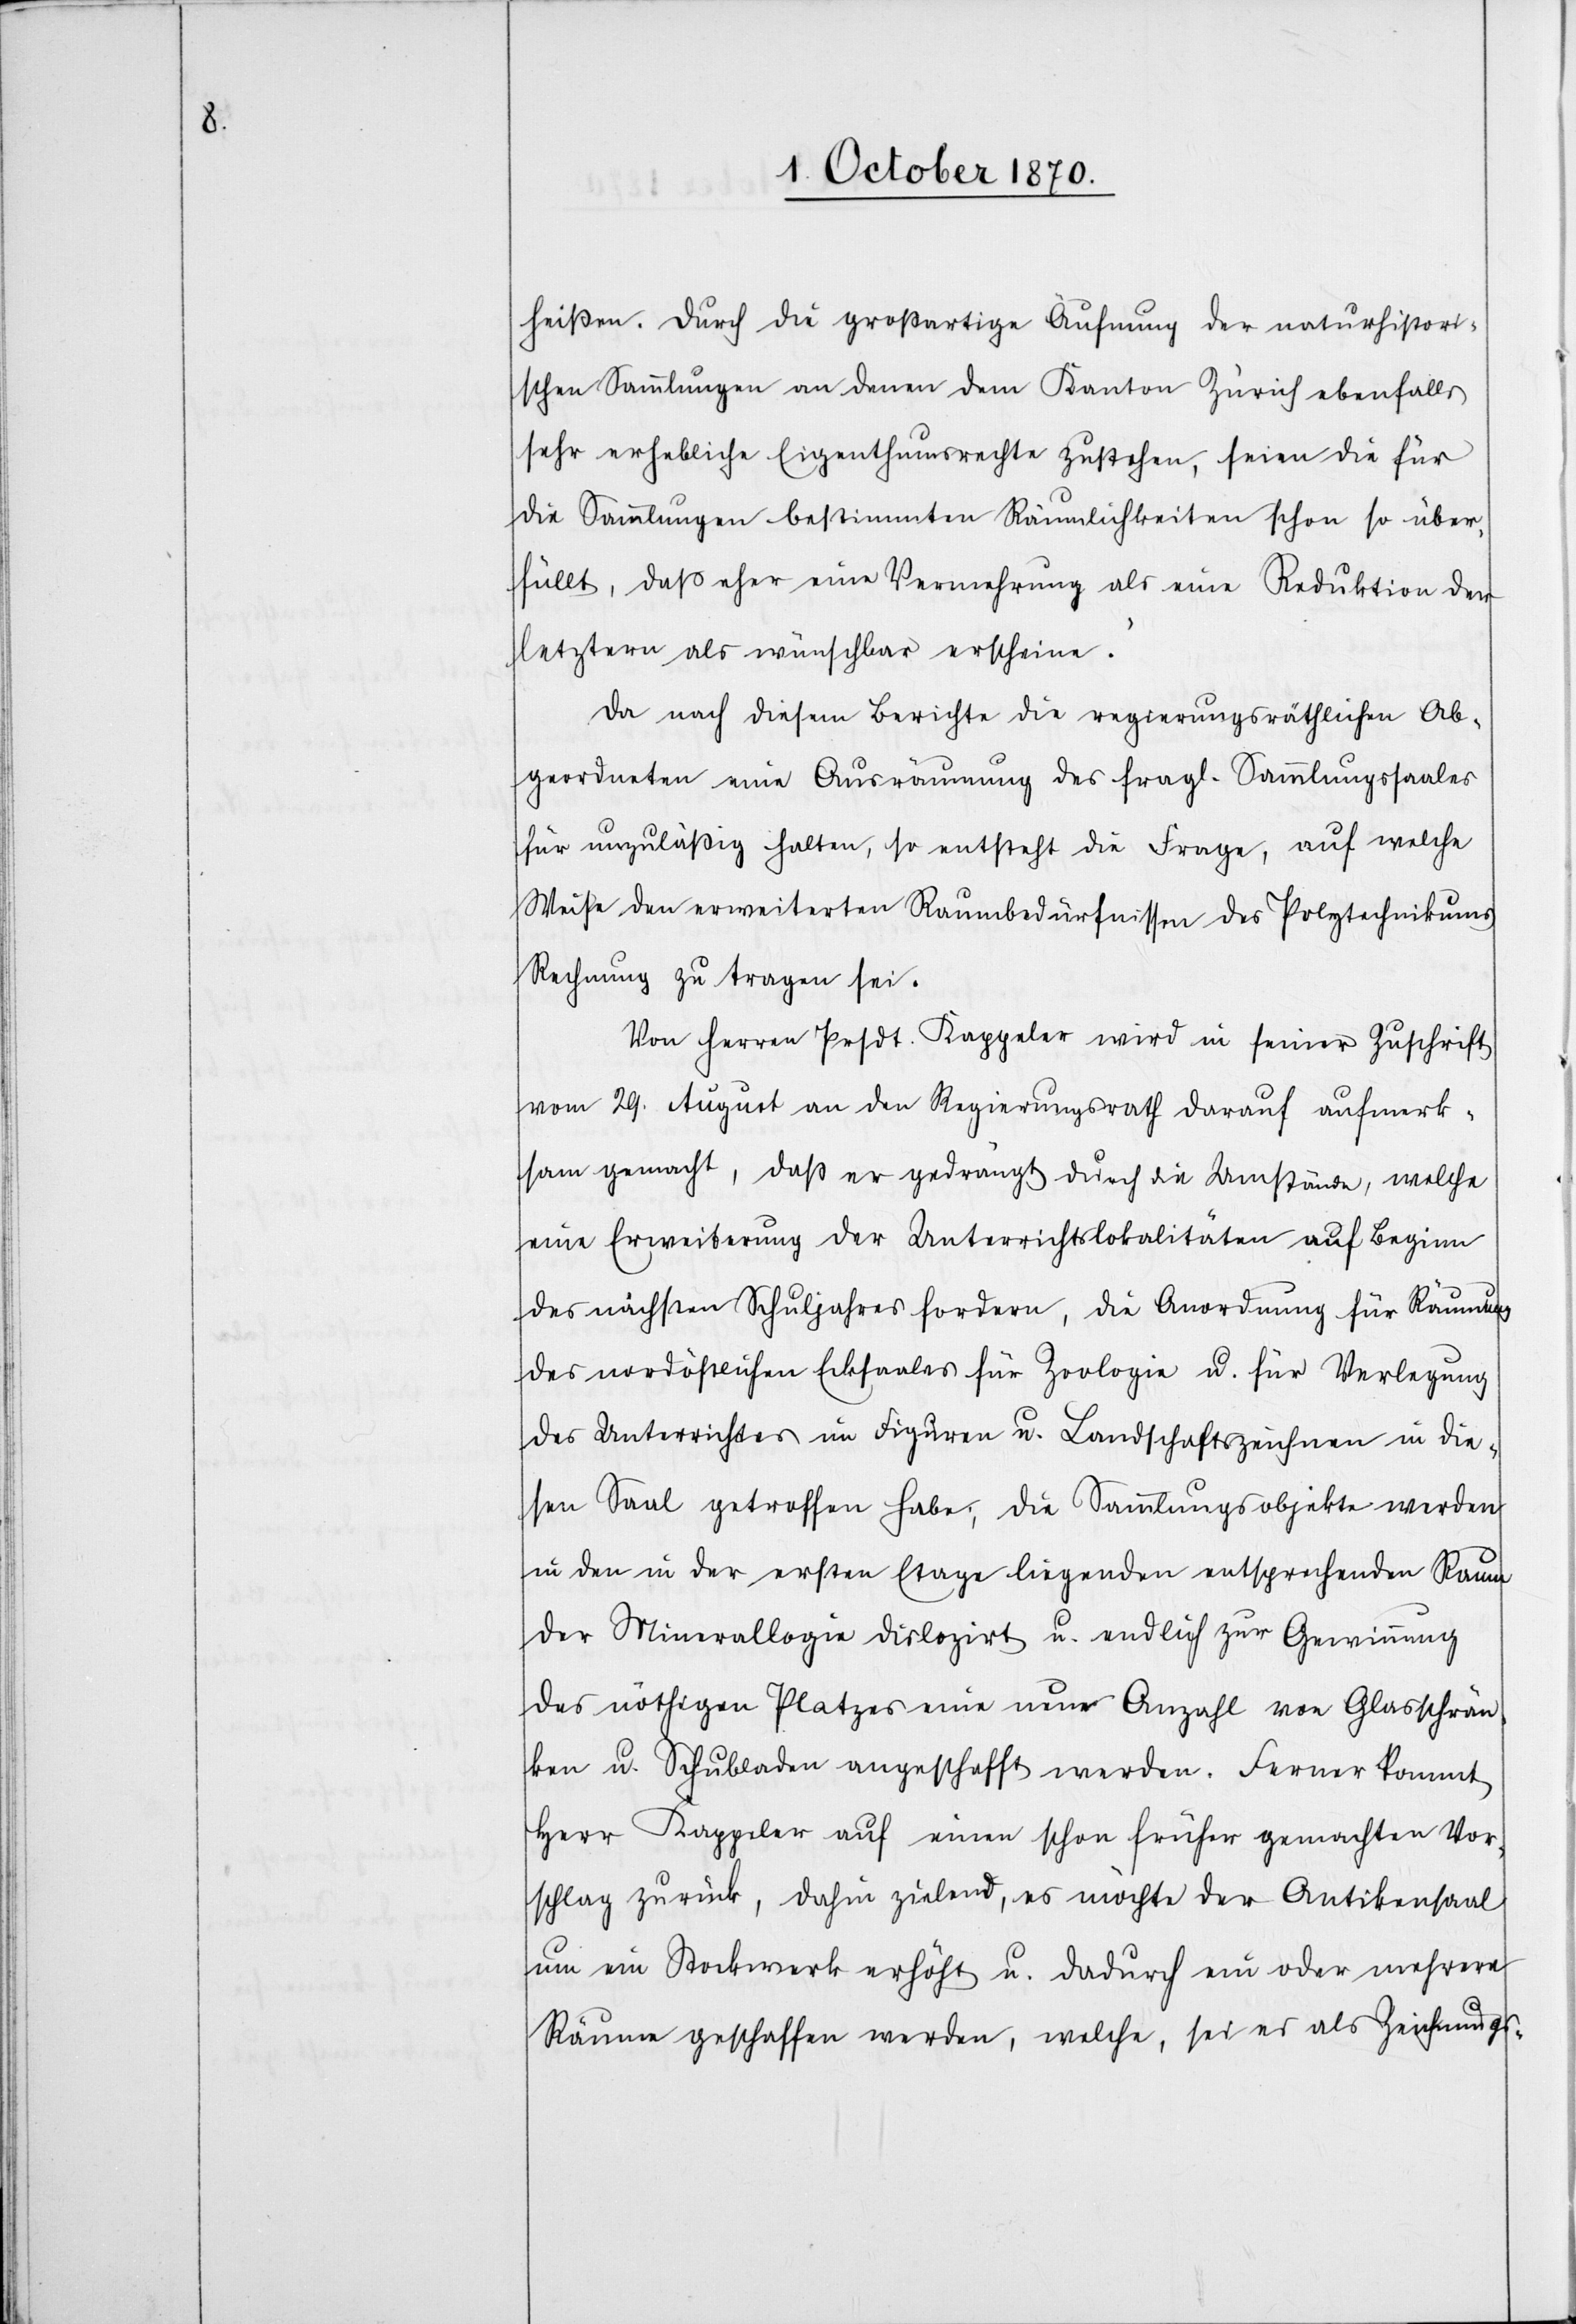
heißen. Durch die großartige Äufnung der naturhistori¬
schen Sammlungen an denen dem Kanton Zürich ebenfalls
sehr erhebliche Eigenthumsrechte zustehen, seien die für
die Sammlungen bestimmten Räumlichkeiten schon so über¬
füllt, daß eher eine Vermehrung als eine Reduktion der
letztern als wünschbar erscheine.“
Da nach diesem Berichte die regierungsräthlichen Ab¬
geordneten eine Ausräumung des fragl. Sammlungssaales
für unzulässig halten, so entsteht die Frage, auf welche
Weise den erweiterten Raumbedürfnissen des Polytechnikums
Rechnung zu tragen sei.
Von Herren Prsdt. Kappeler wird in seiner Zuschrift
vom 29. August an den Regierungsrath darauf aufmerk¬
sam gemacht, daß er gedrängt durch die Umstände, welche
eine Erweiterung der Unterrichtslokalitäten auf Beginn
des nächsten Schuljahres fordern, die Anordnung für Räumung
des nordöstlichen Ecksaales für Zoologie u. für Verlegung
des Unterrichtes im Figuren u. Landschaftszeichnen in die¬
sen Saal getroffen habe; die Sammlungsobjekte werden
in den in der ersten Etage liegenden entsprechenden Raum
der Minerallogie dislozirt u. endlich zur Gewinnung
des nöthigen Platzes eine neue Anzahl von Glasschrän¬
ken u. Schubladen angeschafft werden. Ferner kommt
Herr Kappeler auf einen schon früher gemachten Vor¬
schlag zurück, dahin zielend, es möchte der Antikensaal
um ein Stockwerk erhöht u. dadurch ein oder mehrere
Räume geschaffen werden, welche, sei es als Zeichnungs-